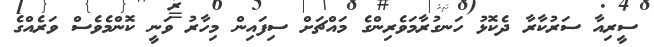
ސީރިއާ ސަރުކާރާ ދެކޮޅު ހަނގުރާމަވެރިންގެ މައްޗަށް ސިފައިން މިހާރު ވަނީ ކޮންމެވެސް ވަރެއްގެ